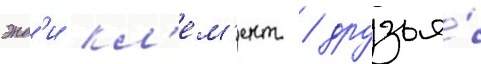
энд'и кл'ем'ент / друзья́